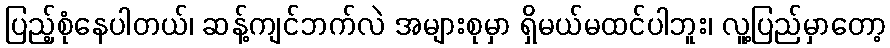
ပြည့်စုံနေပါတယ်၊ ဆန့်ကျင်ဘက်လဲ အများစုမှာ ရှိမယ်မထင်ပါဘူး၊ လူ့ပြည်မှာတော့